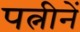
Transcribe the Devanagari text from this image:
पत्नीनें